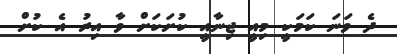
ދެ ވަނަ ކަމަކީ މިއީ ޖިނާއީ ކުށަކަށް ވާ އިރު އެ ކުށް